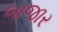
બાજાર